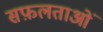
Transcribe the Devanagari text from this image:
सफ़लताओं